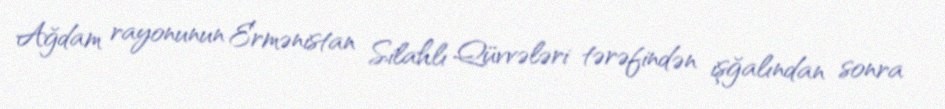
Ağdam rayonunun Ermənistan Silahlı Qüvvələri tərəfindən işğalından sonra